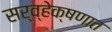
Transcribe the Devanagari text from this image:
सर्व्हेक्षणात